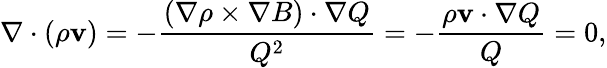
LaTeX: \nabla\cdot(\rho{\mathbf v})=-\frac{(\nabla\rho\times\nabla B)\cdot\nabla Q}{Q^{2}}=-\frac{\rho{\mathbf v}\cdot\nabla Q}{Q}=0,